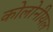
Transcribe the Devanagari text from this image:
कोलोनीयल